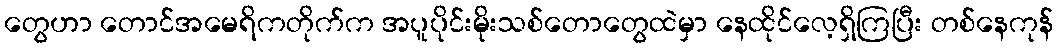
တွေဟာ တောင်အမေရိကတိုက်က အပူပိုင်းမိုးသစ်တောတွေထဲမှာ နေထိုင်လေ့ရှိကြပြီး တစ်နေကုန်